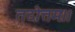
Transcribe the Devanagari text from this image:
तदोत्तमः।।